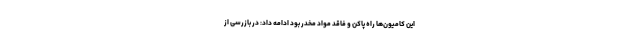
این کامیون‌ها راه پاکن و فاقد مواد مخدر بود ادامه داد: در بازرسی از